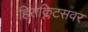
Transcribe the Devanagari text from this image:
हिराक्लिटसवर